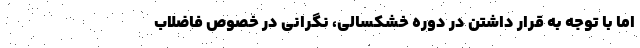
اما با توجه به قرار داشتن در دوره خشکسالی، نگرانی در خصوص فاضلاب